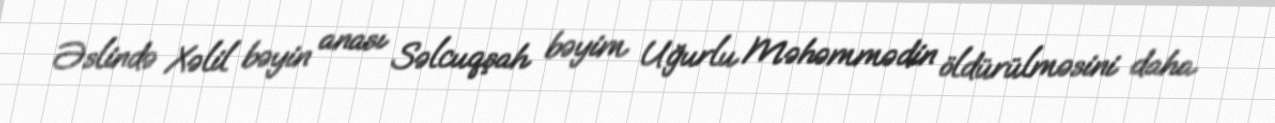
Əslində Xəlil bəyin anası Səlcuqşah bəyim Uğurlu Məhəmmədin öldürülməsini daha